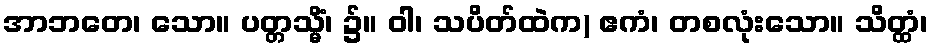
အာဘတေ၊ သော။ ပတ္တသ္မိံ၊ ၌။ ဝါ၊ သပိတ်ထဲက) ဧကံ၊ တစလုံးသော။ သိတ္ထံ၊